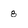
Character: 8